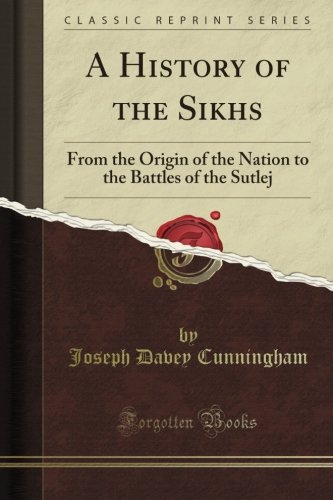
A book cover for A History of the Sikhs: From the Origin of the Nation to the Battles of the Sutlej (Classic Reprint); Joseph Davey Cunningham; Religion & Spirituality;